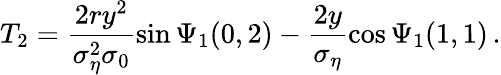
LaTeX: T_{2}=\frac{2ry^{2}}{\sigma_{\eta}^{2}\sigma_{0}}\sin\Psi_{1}(0,2)-\frac{2y}{\sigma_{\eta}}\cos\Psi_{1}(1,1)\, .